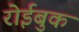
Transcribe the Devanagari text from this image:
रोईबुक